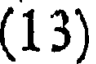
(13)